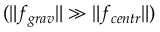
( \| f _ { g r a v } \| \gg \| f _ { c e n t r } \| )